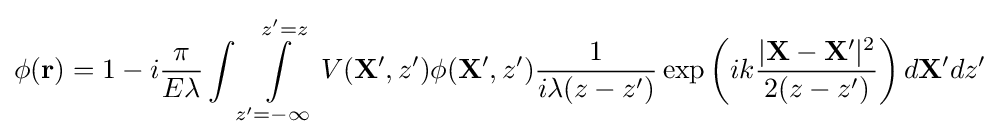
{\begin{aligned}\phi ({\mathbf {r} })=1-i{\frac {\pi }{E\lambda }}\int \int \limits _{z'=-\infty }^{z'=z}V({\mathbf {X'} },z')\phi ({\mathbf {X'} },z'){\frac {1}{i\lambda (z-z')}}\exp \left(ik{\frac {|{\mathbf {X-X'} }|^{2}}{2(z-z')}}\right)d{\mathbf {X'} }dz'\end{aligned}}